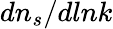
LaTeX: dn_{s}/dlnk